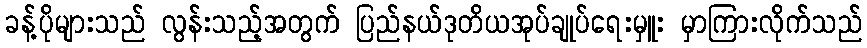
ခန့်ပိုများသည် လွန်းသည့်အတွက် ပြည်နယ်ဒုတိယအုပ်ချုပ်ရေးမှူး မှာကြားလိုက်သည်